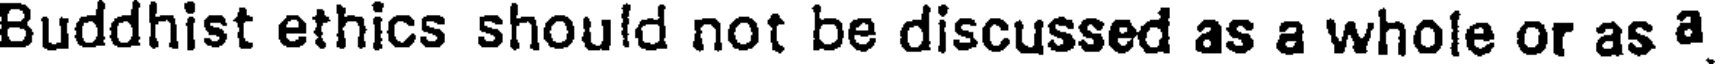
Buddhist ethics should not be discussed as a whole or as a